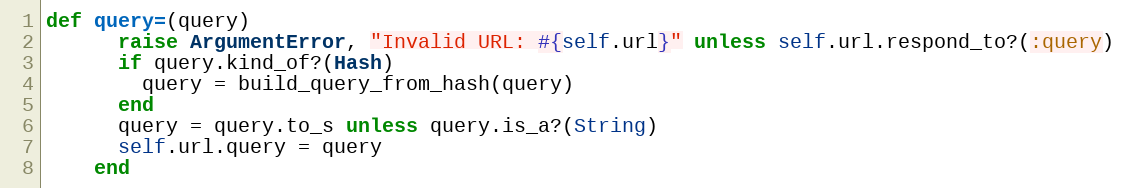
Language: Ruby
def query=(query)
      raise ArgumentError, "Invalid URL: #{self.url}" unless self.url.respond_to?(:query)
      if query.kind_of?(Hash)
        query = build_query_from_hash(query)
      end
      query = query.to_s unless query.is_a?(String)
      self.url.query = query
    end